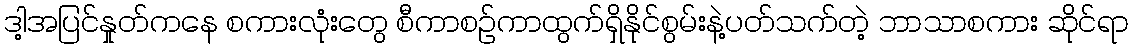
ဒါ့အပြင်နှုတ်ကနေ စကားလုံးတွေ စီကာစဉ်ကာထွက်ရှိနိုင်စွမ်းနဲ့ပတ်သက်တဲ့ ဘာသာစကား ဆိုင်ရာ